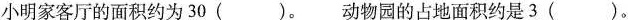
小明家客厅的面积约为30( )。动物园的占地面积约是3( )。